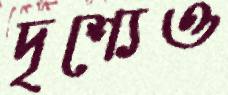
দৃশ্যেও